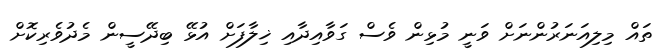
ތައް މިލިއަނަރުންނަށް ވަނީ މުޅިން ވެސް ގަވާއިދާއި ޚިލާފަށް އުޅޭ ބިދޭސީން މެދުވެރިކޮށް